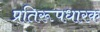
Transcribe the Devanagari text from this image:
प्रतिरूपधारक